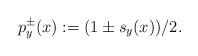
LaTeX: \begin{align*}p_y^\pm(x):=(1\pm s_y(x))/2.\end{align*}